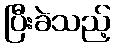
ပြီးခဲသည့်